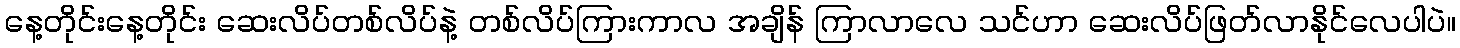
နေ့တိုင်းနေ့တိုင်း ဆေးလိပ်တစ်လိပ်နဲ့ တစ်လိပ်ကြားကာလ အချိန် ကြာလာလေ သင်ဟာ ဆေးလိပ်ဖြတ်လာနိုင်လေပါပဲ။